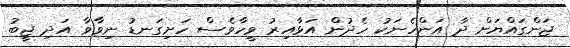
ޖަންގައްޔަށް ދާ އަންހެނަކު ހެދުން އަޅާއިރު ވީހާވެސް ހަށިގަނޑު ނިވާވާ އަދި ޖީބު